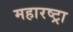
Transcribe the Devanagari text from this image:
महारष्ट्रा